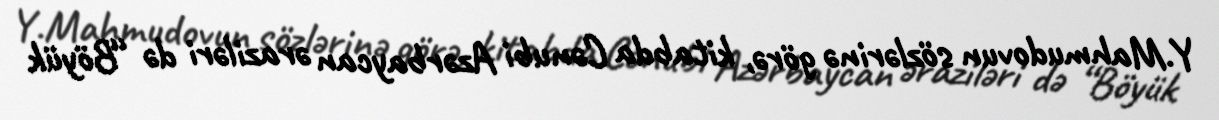
Y.Mahmudovun sözlərinə görə, kitabda Cənubi Azərbaycan əraziləri də “Böyük